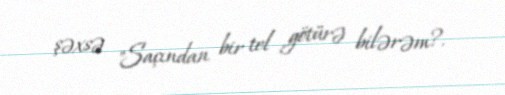
şəxsə "Saçından bir tel götürə bilərəm?.